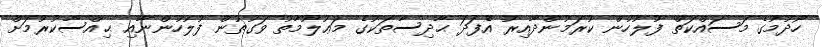
ހޯދުމުގެ މަސައްކަތް ފުލުހުން ކުރަމުންދާއިރު އެފަދަ ޙާދިސާތަކުގެ މަޢުލޫމާތު ވަގުތުން ފުލުހުންނާއި ޙިއްސާކުރުމަށް